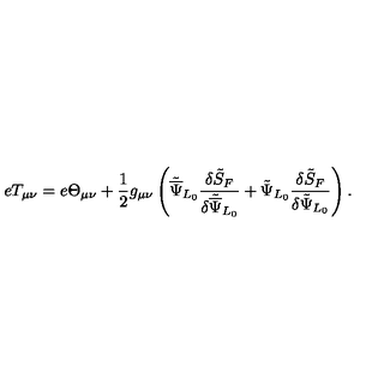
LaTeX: e T _ { \mu \nu } = e \Theta _ { \mu \nu } + \frac { 1 } { 2 } g _ { \mu \nu } \left( { \tilde { \overline { \Psi } } } _ { L _ { 0 } } \frac { \delta { \tilde { S } } _ { F } } { \delta { \tilde { \overline { \Psi } } } _ { L _ { 0 } } } + { \tilde { \Psi } } _ { L _ { 0 } } \frac { \delta { \tilde { S } } _ { F } } { \delta { \tilde { \Psi } } _ { L _ { 0 } } } \right) .